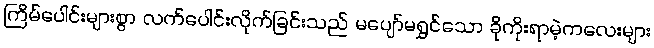
ကြိမ်ပေါင်းများစွာ လက်ပေါင်းလိုက်ခြင်းသည် မပျော်မရွှင်သော ခိုကိုးရာမဲ့ကလေးများ